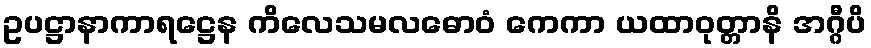
ဥပဋ္ဌာနာကာရဋ္ဌေန ကိလေသမလဓောဝံ ကေကာ ယထာဝုတ္တာနိ အဂ္ဂီပိ